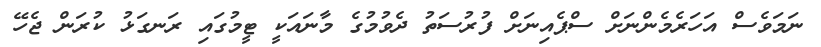
ނަމަވެސް އަހަރެމެންނަށް ސްޕެއިނަށް ފުރުސަތު ދެވުމުގެ މާނައަކީ ޓީމުގައި ރަނގަޅު ކުރަން ޖެހޭ